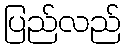
ပြည်လည်